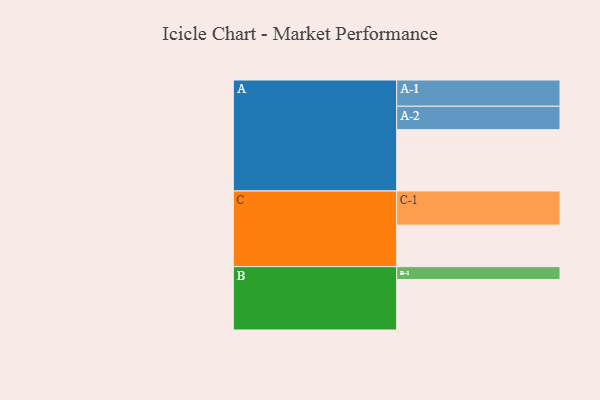
{"axis": {"x": "Segment", "y": "Value"}, "legend": ["", "A", "B", "C"], "data": [{"x": "A", "y": 519, "type": ""}, {"x": "B", "y": 427, "type": ""}, {"x": "C", "y": 351, "type": ""}, {"x": "A-1", "y": 222, "type": "A"}, {"x": "A-2", "y": 198, "type": "A"}, {"x": "B-1", "y": 109, "type": "B"}, {"x": "C-1", "y": 289, "type": "C"}]}